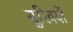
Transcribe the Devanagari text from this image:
सुरिवर्यों